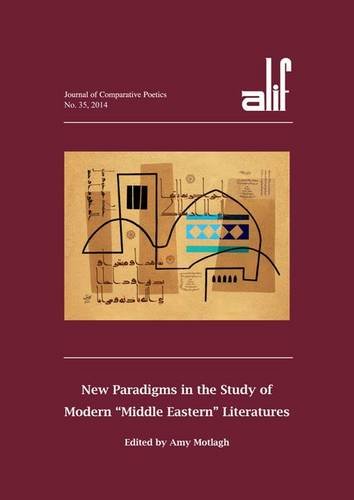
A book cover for Alif 35: New Paradigms in the Study of Modern "Middle Eastern" Literatures; Literature & Fiction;